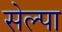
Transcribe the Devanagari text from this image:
सेल्पा